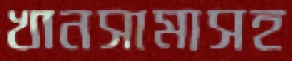
খানসামাসহ